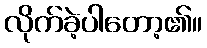
လိုက်ခဲ့ပါတော့၏။